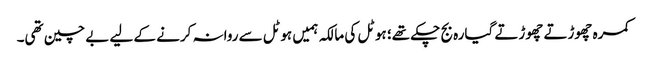
کمرہ چھوڑتے چھوڑتے گیارہ بج چکے تھے؛ ہوٹل کی مالکہ ہمیں ہوٹل سے روانہ کرنے کے لیے بے چین تھی۔